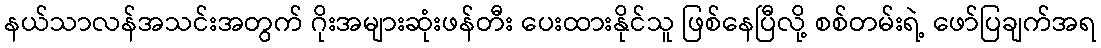
နယ်သာလန်အသင်းအတွက် ဂိုးအများဆုံးဖန်တီး ပေးထားနိုင်သူ ဖြစ်နေပြီလို့ စစ်တမ်းရဲ့ ဖော်ပြချက်အရ